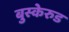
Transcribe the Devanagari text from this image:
बुस्केरुड